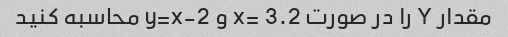
مقدار Y را در صورت x= 3.2 و y=x-2 محاسبه کنید